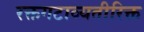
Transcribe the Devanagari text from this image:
रक्तगटाव्यतीरिक्त